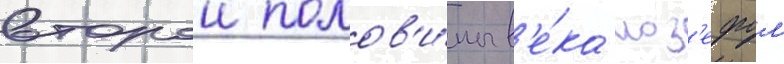
второи полов'и́ны в'е́ка иоз'ефом